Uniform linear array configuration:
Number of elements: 4
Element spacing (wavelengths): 0.25
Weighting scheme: binomial
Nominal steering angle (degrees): -60
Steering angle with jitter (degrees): -61.865
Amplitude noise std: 0.05
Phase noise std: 0.05

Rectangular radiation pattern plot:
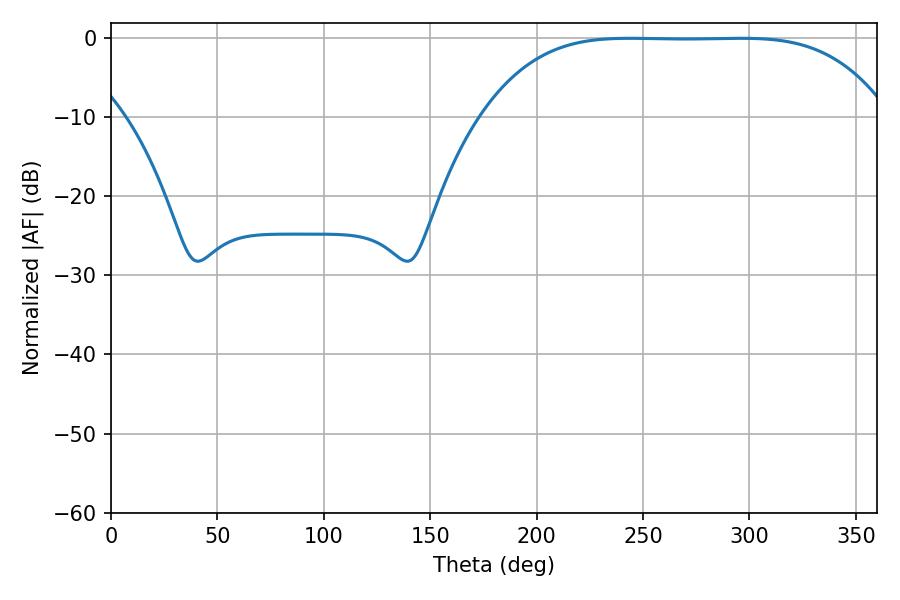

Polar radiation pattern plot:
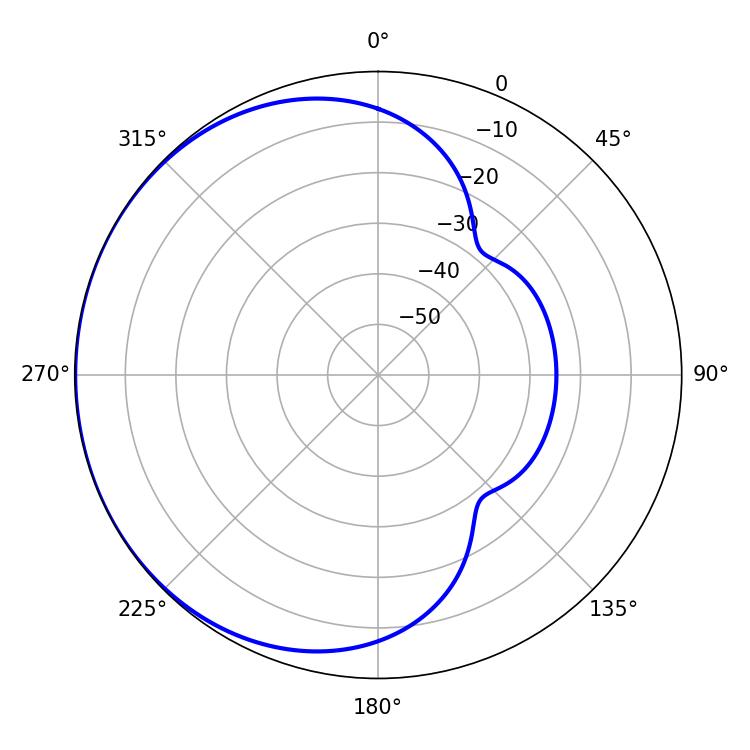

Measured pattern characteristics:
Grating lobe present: FALSE
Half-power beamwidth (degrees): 144.36
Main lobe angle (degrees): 243.9